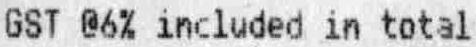
GST @6% INCLUDED IN TOTAL